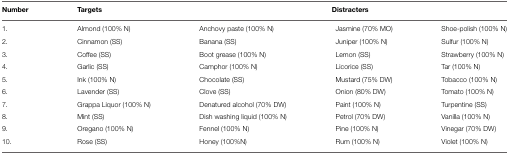
| Number | Targets | <COLSPAN=3> Distracters |
 | --- | --- | --- | --- | --- |
 | 1. | Almond (100% N) | Anchovy paste (100% N) | Jasmine (70% MO) | Shoe-polish (100% N) |
 | 2. | Cinnamon (SS) | Banana (SS) | Juniper (100% N) | Sulfur (100% N) |
 | 3. | Coffee (SS) | Boot grease (100% N) | Lemon (SS) | Strawberry (100% N) |
 | 4. | Garlic (SS) | Camphor (100% N) | Licorice (SS) | Tar (100% N) |
 | 5. | Ink (100% N) | Chocolate (SS) | Mustard (75% DW) | Tobacco (100% N) |
 | 6. | Lavender (SS) | Clove (SS) | Onion (80% DW) | Tomato (100% N) |
 | 7. | Grappa Liquor (100% N) | Denatured alcohol (70% DW) | Paint (100% N) | Turpentine (SS) |
 | 8. | Mint (SS) | Dish washing liquid (100% N) | Petrol (70% DW) | Vanilla (100% N) |
 | 9. | Oregano (100% N) | Fennel (100% N) | Pine (100% N) | Vinegar (70% DW) |
 | 10. | Rose (SS) | Honey (100%N) | Rum (100% N) | Violet (100% N) |